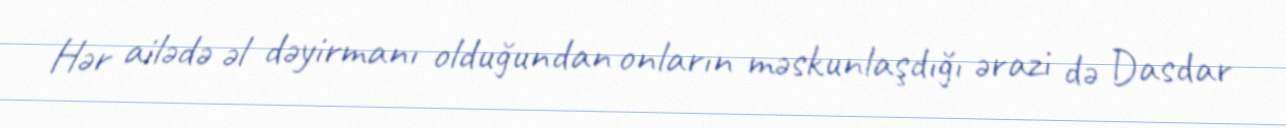
Hər ailədə əl dəyirmanı olduğundan onların məskunlaşdığı ərazi də Dasdar